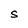
Character: S